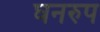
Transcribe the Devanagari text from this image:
घनरुप